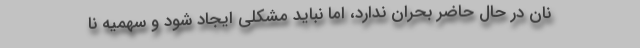
نان در حال حاضر بحران ندارد، اما نباید مشکلی ایجاد شود و سهمیه نا